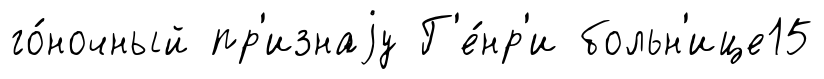
го́ночный пр'изнаjу Г'е́нр'и больн'ице15